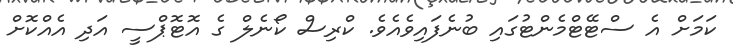
ކަމަށް އެ ސްޓޭޓްމެންޓުގައި ބުނެފައިވެއެވެ. ކްރިސް ކޯނެލް ގެ އޮޓޮޕްސީ އަދި އެއްކޮށް